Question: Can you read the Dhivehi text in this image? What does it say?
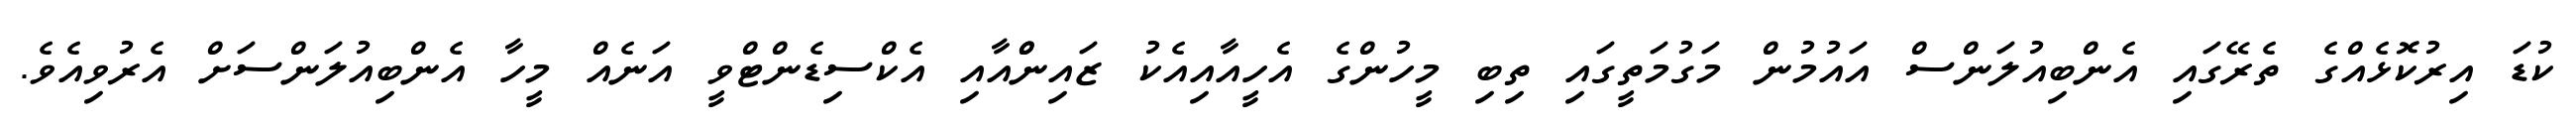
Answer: ކުޑަ އިރުކޮޅެއްގެ ތެރޭގައި އެންބިއުލަންސް އައުމުން މަގުމަތީގައި ތިބި މީހުންގެ އެހީއާއިއެކު ޒައިންްއާއި އެކްސިޑެންޓްވީ އަނެއް މީހާ އެންބިއުލަންސަށް އެރުވިއެވެ.